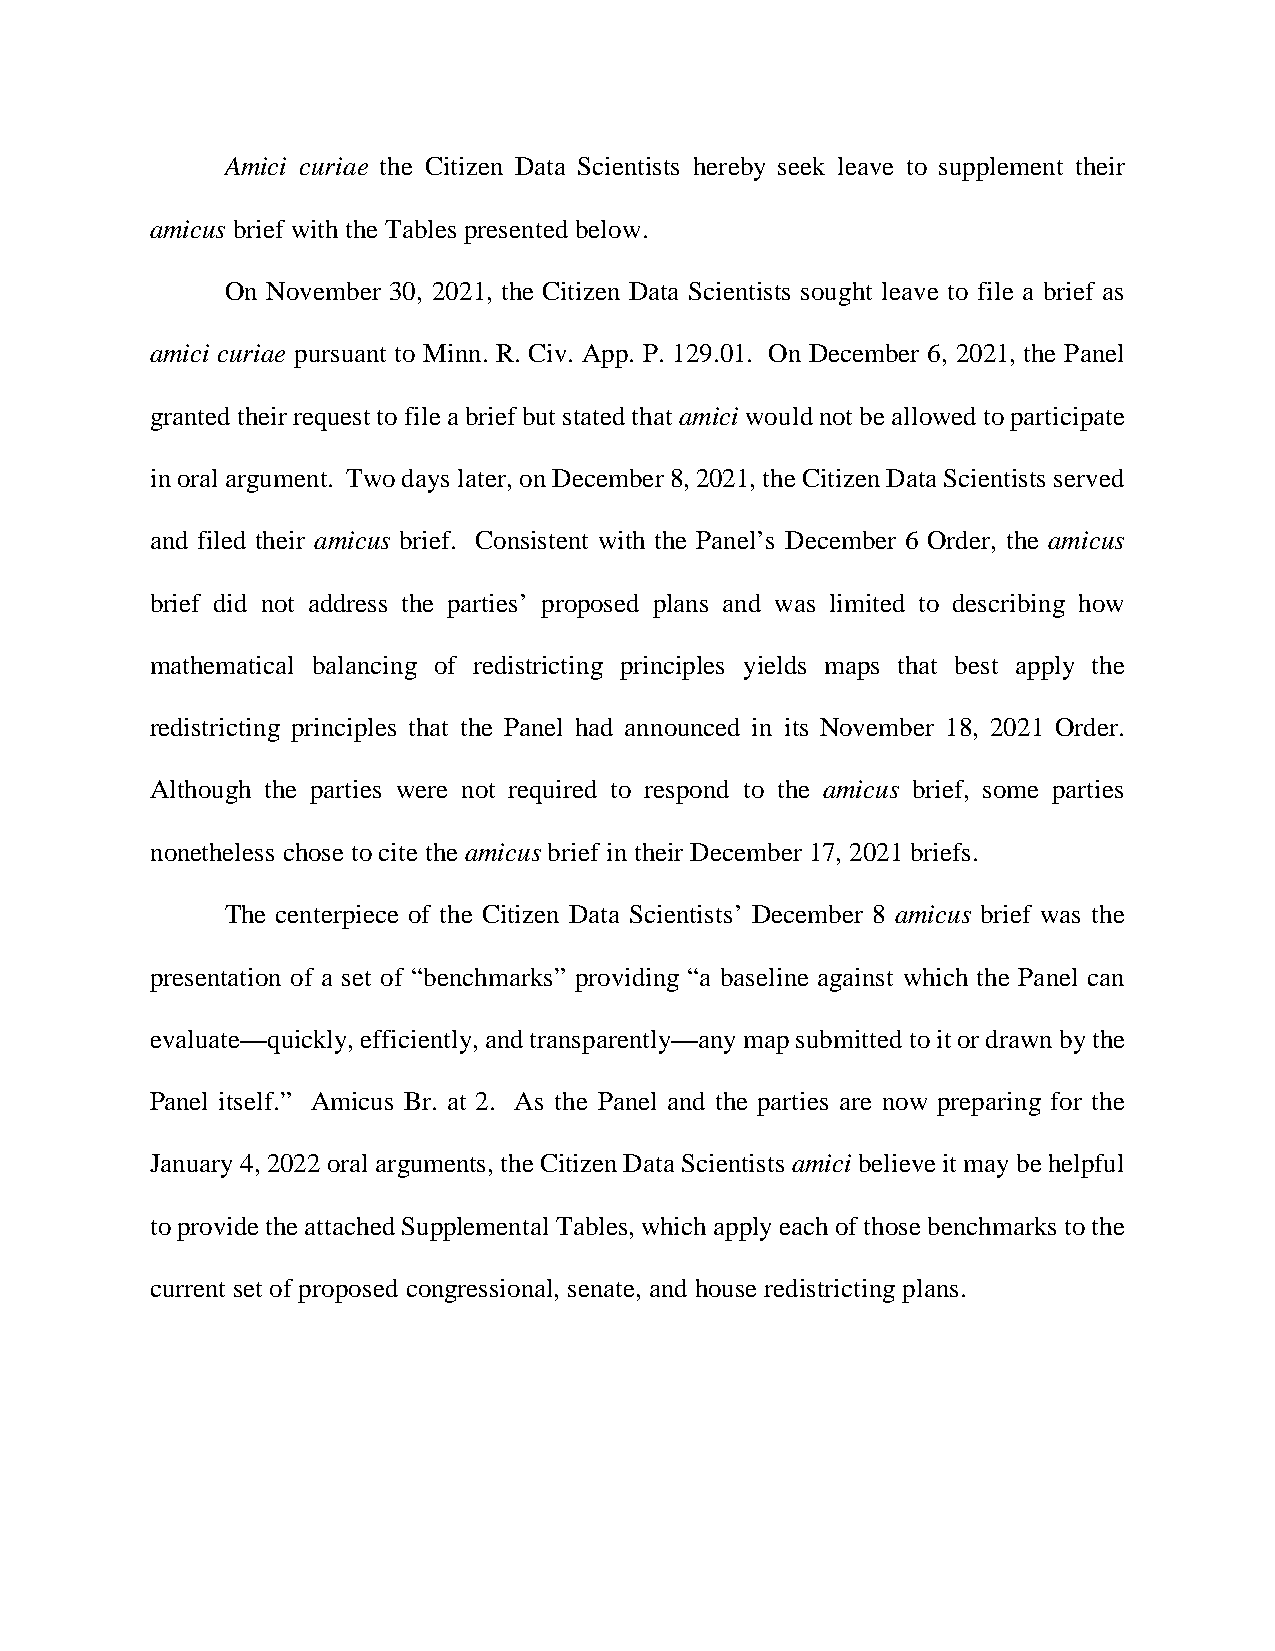
Amici curiae the Citizen Data Scientists hereby seek leave to supplement their
 amicus brief with the Tables presented below.
 On November 30, 2021, the Citizen Data Scientists sought leave to file a brief as
 amici curiae pursuant to Minn. R. Civ. App. P. 129.01. On December 6, 2021, the Panel
 granted their request to file a brief but stated that amici would not be allowed to participate
 in oral argument. Two days later, on December 8, 2021, the Citizen Data Scientists served
 and filed their amicus brief. Consistent with the Panel’s December 6 Order, the amicus
 brief did not address the parties’ proposed plans and was limited to describing how
 mathematical balancing of redistricting principles yields maps that best apply the
 redistricting principles that the Panel had announced in its November 18, 2021 Order.
 Although the parties were not required to respond to the amicus brief, some parties
 nonetheless chose to cite the amicus brief in their December 17, 2021 briefs.
 The centerpiece of the Citizen Data Scientists’ December 8 amicus brief was the
 presentation of a set of “benchmarks” providing “a baseline against which the Panel can
 evaluate—quickly, efficiently, and transparently—any map submitted to it or drawn by the
 Panel itself.” Amicus Br. at 2. As the Panel and the parties are now preparing for the
 January 4, 2022 oral arguments, the Citizen Data Scientists amici believe it may be helpful
 to provide the attached Supplemental Tables, which apply each of those benchmarks to the
 current set of proposed congressional, senate, and house redistricting plans.